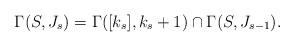
\begin{align*}\Gamma (S, J_s)= \Gamma ([k_s], k_s+1)\cap \Gamma (S, J_{s-1}).\end{align*}